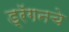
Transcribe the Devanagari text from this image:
ड्रॅगनचे